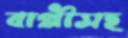
বাপ্পীসহ